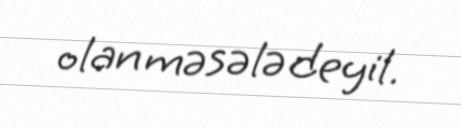
olan məsələ deyil.